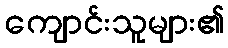
ကျောင်းသူများ၏